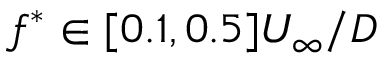
f ^ { * } \in [ 0 . 1 , 0 . 5 ] U _ { \infty } / D